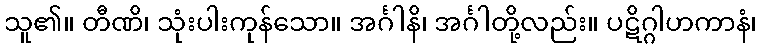
သူ၏။ တီဏိ၊ သုံးပါးကုန်သော။ အင်္ဂါနိ၊ အင်္ဂါတို့လည်း။ ပဋိဂ္ဂါဟကာနံ၊